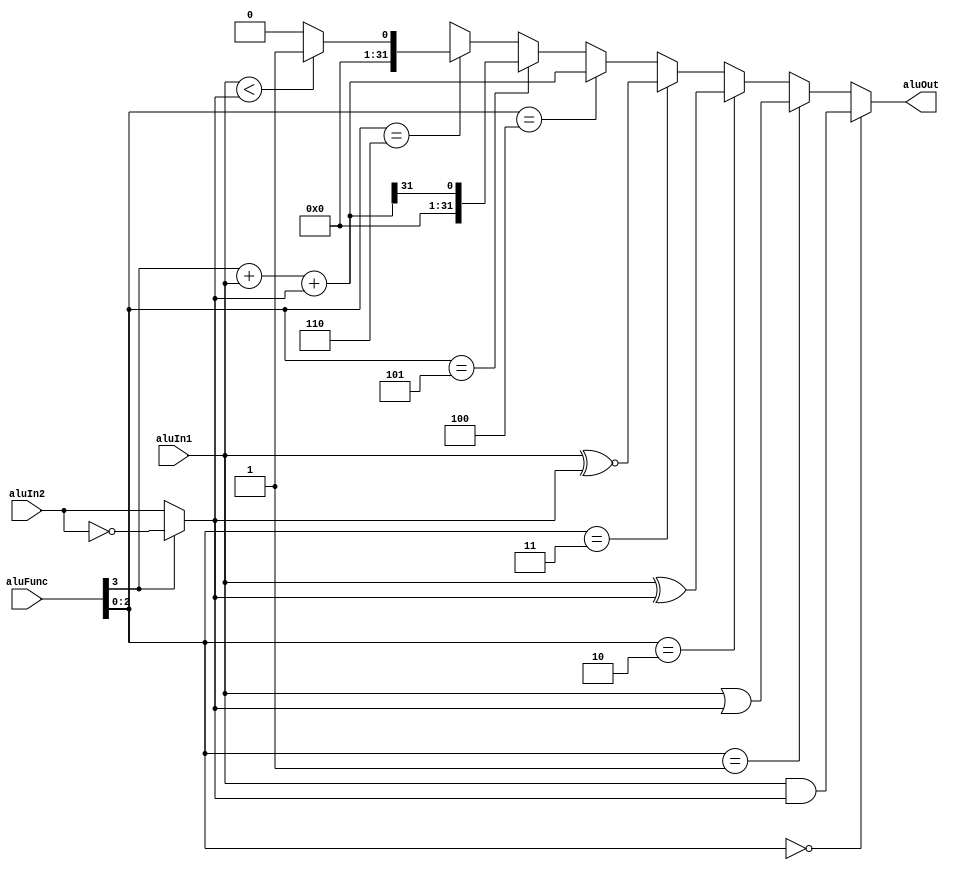
module ALU #(
    parameter width = 32
) (
    input [width-1:0] aluIn1, aluIn2,
    input [3:0] aluFunc,
    output [width-1:0] aluOut
);

wire [width-1:0] signAluIn2, sum;
wire cOut, sltu;

assign signAluIn2 = (aluFunc[3]) ? ~aluIn2 : aluIn2;
assign {cOut, sum} = aluFunc[3] + aluIn1 + signAluIn2;
assign sltu = (aluIn1 < signAluIn2) ? 1'b1 : 1'b0;

assign aluOut = (aluFunc[2:0] == 3'b000) ? aluIn1 & signAluIn2 :    // AND
                (aluFunc[2:0] == 3'b001) ? aluIn1 | signAluIn2 :    // OR
                (aluFunc[2:0] == 3'b010) ? aluIn1 ^ signAluIn2 :    // XOR
                (aluFunc[2:0] == 3'b011) ? aluIn1 ~^ signAluIn2 :   // XNOR
                (aluFunc[2:0] == 3'b100) ? sum :                    // ADD, ADDU, SUB, SUBU
                (aluFunc[2:0] == 3'b101) ? {31'b0, sum[31]} :       // SLT
                (aluFunc[2:0] == 3'b110) ? {31'b0, sltu} :          // SLTU
                32'hx;                                              // Default

endmodule